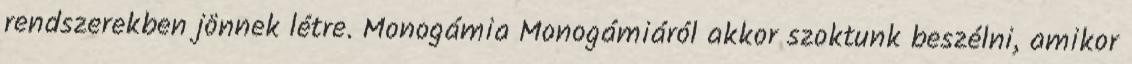
rendszerekben jönnek létre. Monogámia Monogámiáról akkor szoktunk beszélni, amikor